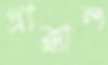
প্রাক্কাল